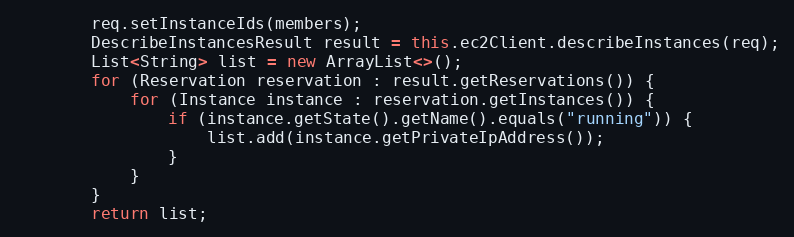
Language: Java
        req.setInstanceIds(members);
        DescribeInstancesResult result = this.ec2Client.describeInstances(req);
        List<String> list = new ArrayList<>();
        for (Reservation reservation : result.getReservations()) {
            for (Instance instance : reservation.getInstances()) {
                if (instance.getState().getName().equals("running")) {
                    list.add(instance.getPrivateIpAddress());
                }
            }
        }
        return list;